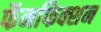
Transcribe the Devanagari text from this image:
फॅनफिक्शन